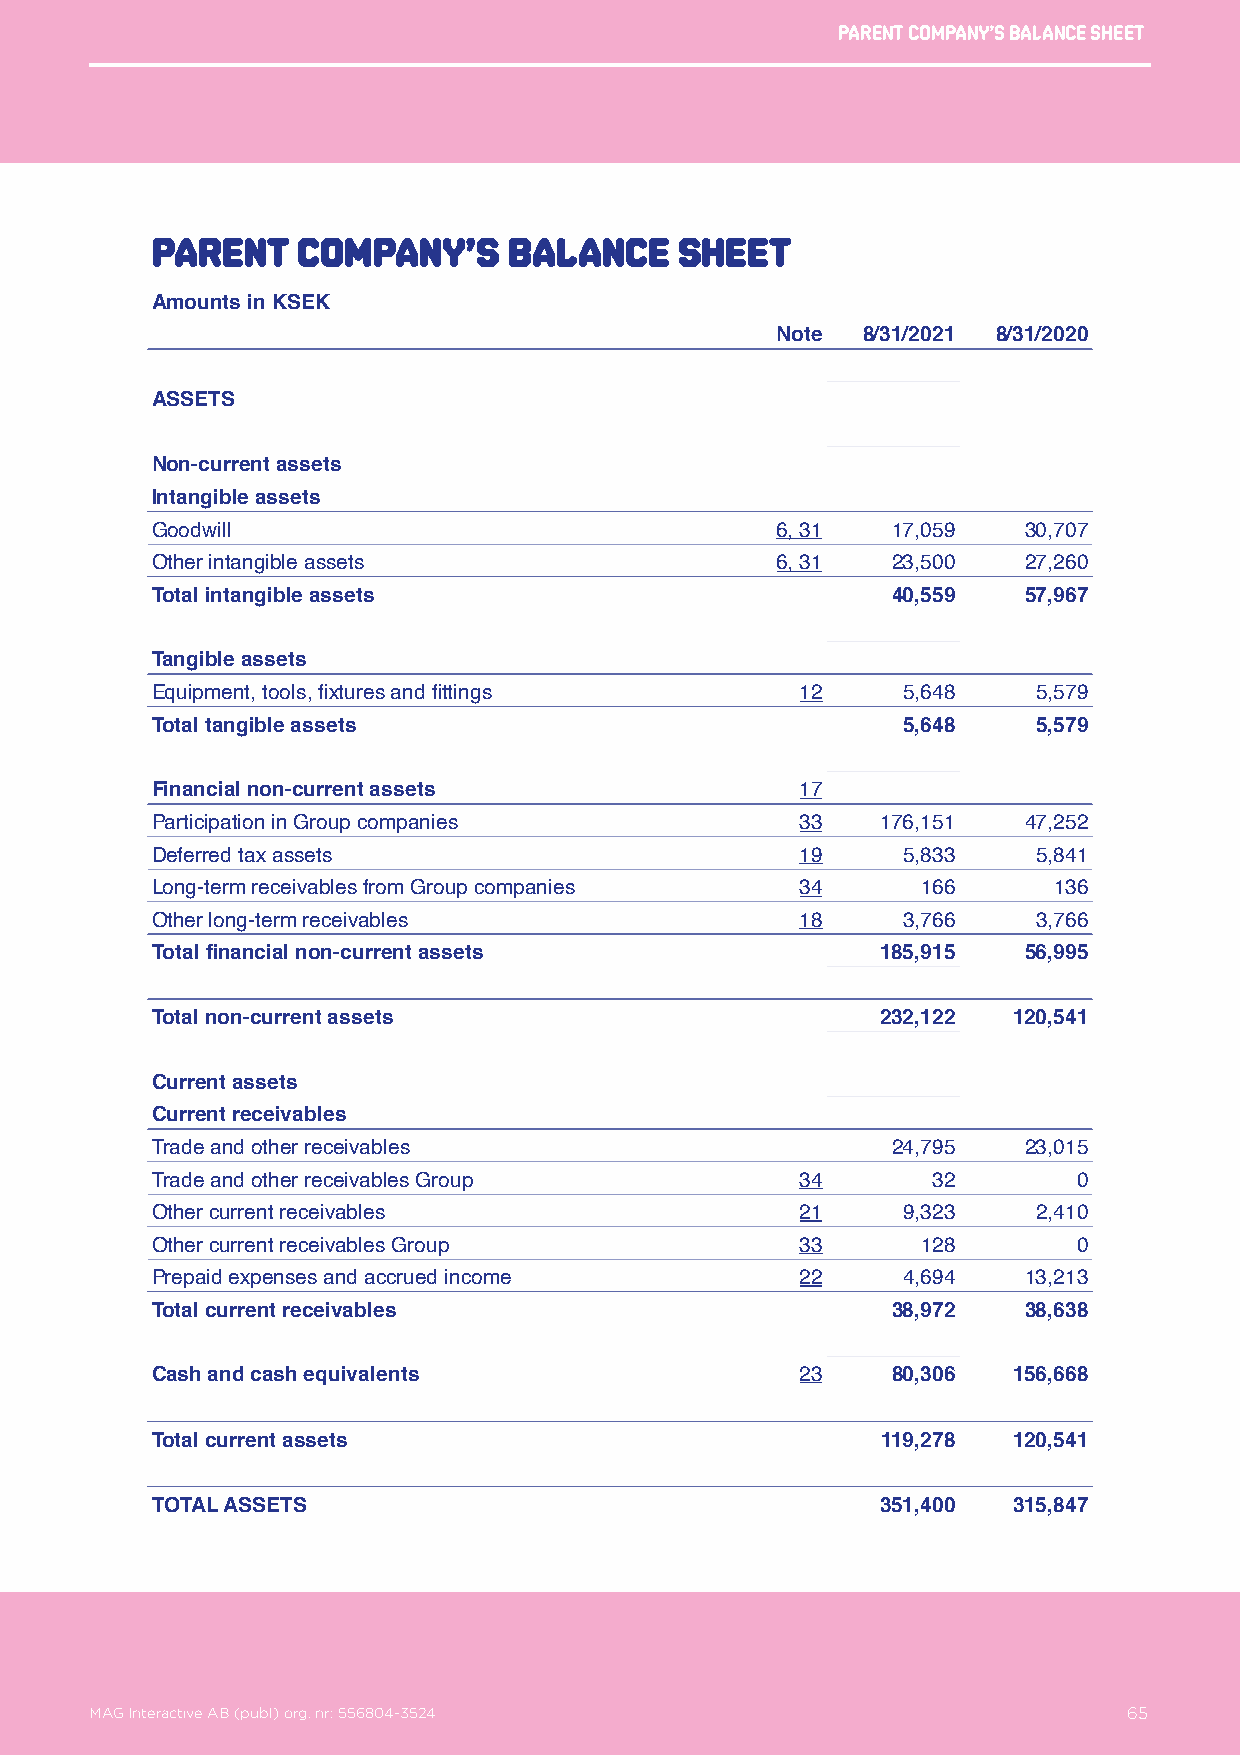
Parent company’s balance sheet
 Parent    company’s     balance    sheet
 Amounts in KSEK
 Note  8/31/2021 8/31/2020
 ASSETS
 Non-current assets
 Intangible assets
 Goodwill                                 6, 31   17,059   30,707
 Other intangible assets                  6, 31   23,500   27,260
 Total intangible assets                          40,559   57,967
 Tangible assets
 Equipment, tools, fixtures and fittings    12     5,648    5,579
 Total tangible assets                             5,648    5,579
 Financial non-current assets               17
 Participation in Group companies           33   176,151   47,252
 Deferred tax assets                        19     5,833    5,841
 Long-term receivables from Group companies 34      166      136
 Other long-term receivables                18     3,766    3,766
 Total financial non-current assets              185,915   56,995
 Total non-current assets                        232,122  120,541
 Current assets
 Current receivables
 Trade and other receivables                      24,795   23,015
 Trade and other receivables Group          34       32       0
 Other current receivables                  21     9,323    2,410
 Other current receivables Group            33      128       0
 Prepaid expenses and accrued income        22     4,694   13,213
 Total current receivables                        38,972   38,638
 Cash and cash equivalents                  23    80,306  156,668
 Total current assets                            119,278  120,541
 TOTAL ASSETS                                    351,400  315,847
 MAG Interactive AB (publ) org. nr: 556804-3524                   65
 MAG Interactive AB (publ) org. nr: 556804-3524                       65